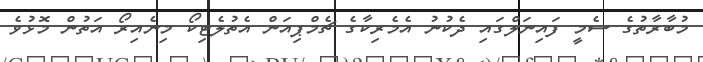
މުބާރާތުގެ ސެމީ ފައިނަލްގައި ދެކުނު އެމެރިކާގެ ޗެމްޕިއަން އެތުލެޓިކޯ މިނެއިރޯ އަތުން މޮޅުވެ